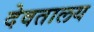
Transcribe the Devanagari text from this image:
देवतालय